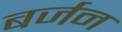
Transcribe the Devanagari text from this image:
बर्जन